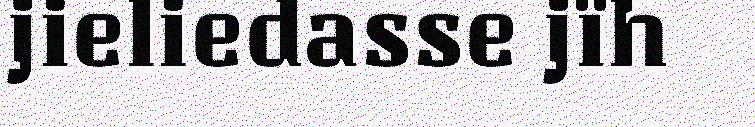
jieliedasse jïh